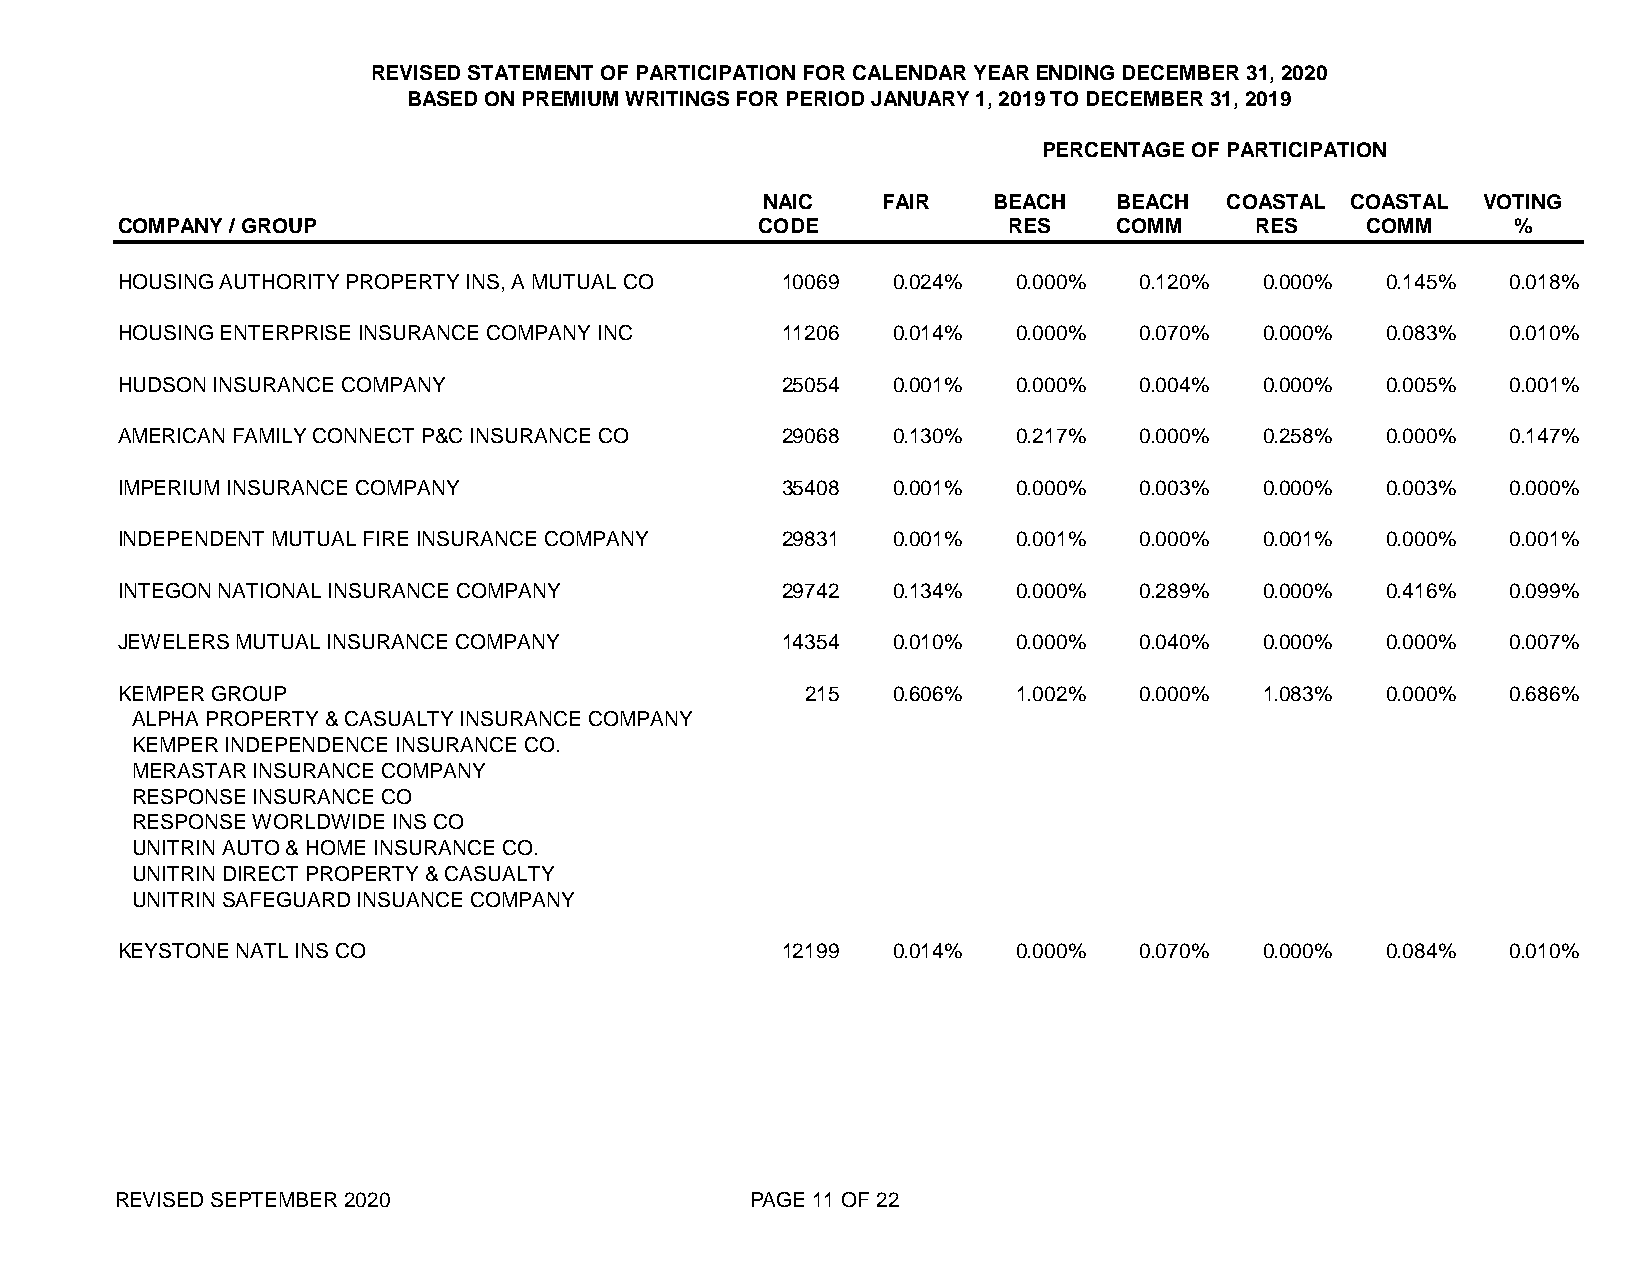
REVISED STATEMENT OF PARTICIPATION FOR CALENDAR YEAR ENDING DECEMBER 31, 2020
 BASED ON PREMIUM WRITINGS FOR PERIOD JANUARY 1, 2019 TO DECEMBER 31, 2019
 PERCENTAGE OF PARTICIPATION
 NAIC   FAIR    BEACH   BEACH  COASTAL COASTAL  VOTING
 COMPANY / GROUP                           CODE             RES    COMM     RES    COMM      %
 HOUSING AUTHORITY PROPERTY INS, A MUTUAL CO 10069  0.024%  0.000%  0.120%   0.000%  0.145%  0.018%
 HOUSING ENTERPRISE INSURANCE COMPANY INC    11206  0.014%  0.000%  0.070%   0.000%  0.083%  0.010%
 HUDSON INSURANCE COMPANY                    25054  0.001%  0.000%  0.004%   0.000%  0.005%  0.001%
 AMERICAN FAMILY CONNECT P&C INSURANCE CO    29068  0.130%  0.217%  0.000%   0.258%  0.000%  0.147%
 IMPERIUM INSURANCE COMPANY                  35408  0.001%  0.000%  0.003%   0.000%  0.003%  0.000%
 INDEPENDENT MUTUAL FIRE INSURANCE COMPANY   29831  0.001%  0.001%  0.000%   0.001%  0.000%  0.001%
 INTEGON NATIONAL INSURANCE COMPANY          29742  0.134%  0.000%  0.289%   0.000%  0.416%  0.099%
 JEWELERS MUTUAL INSURANCE COMPANY           14354  0.010%  0.000%  0.040%   0.000%  0.000%  0.007%
 KEMPER GROUP                                 215   0.606%  1.002%  0.000%   1.083%  0.000%  0.686%
 ALPHA PROPERTY & CASUALTY INSURANCE COMPANY
 KEMPER INDEPENDENCE INSURANCE CO.
 MERASTAR INSURANCE COMPANY
 RESPONSE INSURANCE CO
 RESPONSE WORLDWIDE INS CO
 UNITRIN AUTO & HOME INSURANCE CO.
 UNITRIN DIRECT PROPERTY & CASUALTY
 UNITRIN SAFEGUARD INSUANCE COMPANY
 KEYSTONE NATL INS CO                        12199  0.014%  0.000%  0.070%   0.000%  0.084%  0.010%
 REVISED SEPTEMBER 2020                    PAGE 11 OF 22